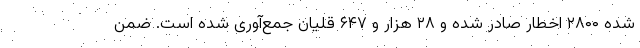
شده ۲۸۰۰ اخطار صادر شده و ۲۸ هزار و ۶۴۷ قلیان جمع‌آوری شده است. ضمن